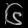
Digit: ၆